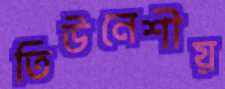
তিউনেশীয়